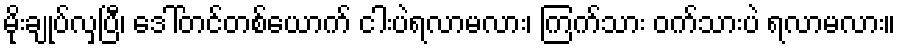
မိုးချုပ်လှပြီ၊ ဒေါ်တင်တစ်ယောက် ငါးပဲရလာမလား၊ ကြက်သား ဝက်သားပဲ ရလာမလား။